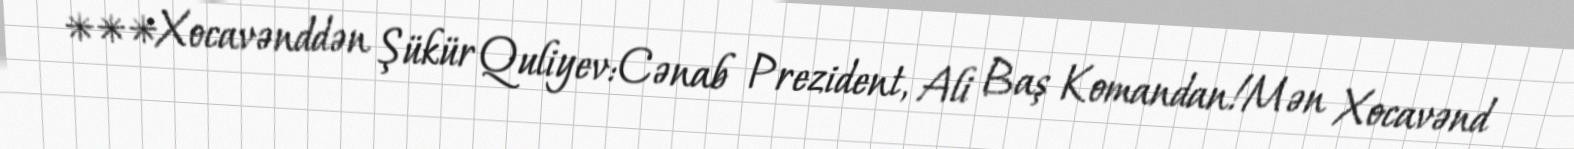
***Xocavənddən Şükür Quliyev:Cənab Prezident, Ali Baş Komandan!Mən Xocavənd